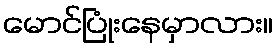
မောင်ပြုံးနေမှာလား။